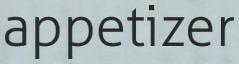
appetizer